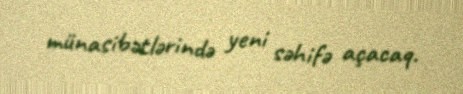
münasibətlərində yeni səhifə açacaq.